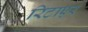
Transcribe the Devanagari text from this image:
रिटाएर